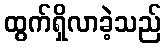
ထွက်ရှိလာခဲ့သည်